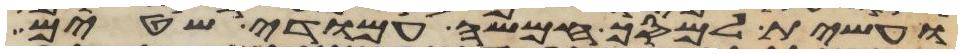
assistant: ועשית למסך חמשה עמודי שטים